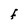
Character: F